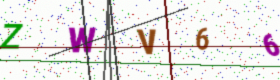
Text: ZWV66